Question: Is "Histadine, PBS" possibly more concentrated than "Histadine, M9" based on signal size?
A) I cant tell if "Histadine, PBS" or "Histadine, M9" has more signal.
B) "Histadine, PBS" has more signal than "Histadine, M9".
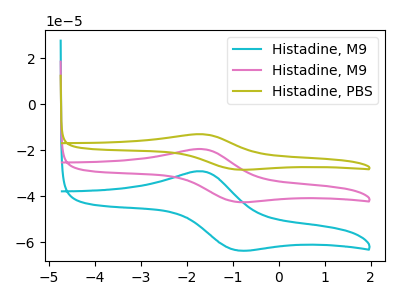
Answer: <think>The cyan curve "Histadine, M9" has an anodic peak at (-1.65V, -39.00uA) and a cathodic peak at (-0.90V, -84.85uA). The pink curve "Histadine, M9" has an anodic peak at (-1.65V, -19.50uA) and a cathodic peak at (-0.90V, -42.45uA). The olive curve "Histadine, PBS" has an anodic peak at (-1.65V, -13.05uA) and a cathodic peak at (-0.90V, -28.40uA).
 All the peaks in "Histadine, PBS" have a peak in "Histadine, M9" at the same potential.</think>
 <answer>A) I cant tell if "Histadine, PBS" or "Histadine, M9" has more signal.</answer>
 <eval>A</eval>